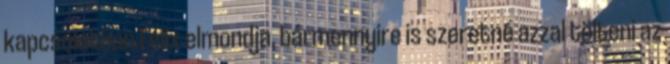
kapcsolatban Felix elmondja, bármennyire is szeretné azzal tölteni az